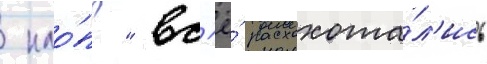
 кло́п?" вс'ё́ расхохота́л'ись